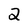
Character: 2